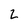
Character: 2